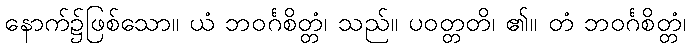
နောက်၌ဖြစ်သော။ ယံ ဘဝင်္ဂစိတ္တံ၊ သည်။ ပဝတ္တတိ၊ ၏။ တံ ဘဝင်္ဂစိတ္တံ၊